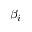
\beta _ { i }